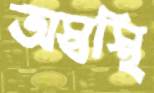
অস্বস্থি